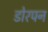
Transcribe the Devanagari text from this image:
डोरपन